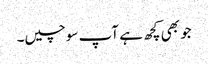
جو بھی کچھ ہے آپ سوچیں۔